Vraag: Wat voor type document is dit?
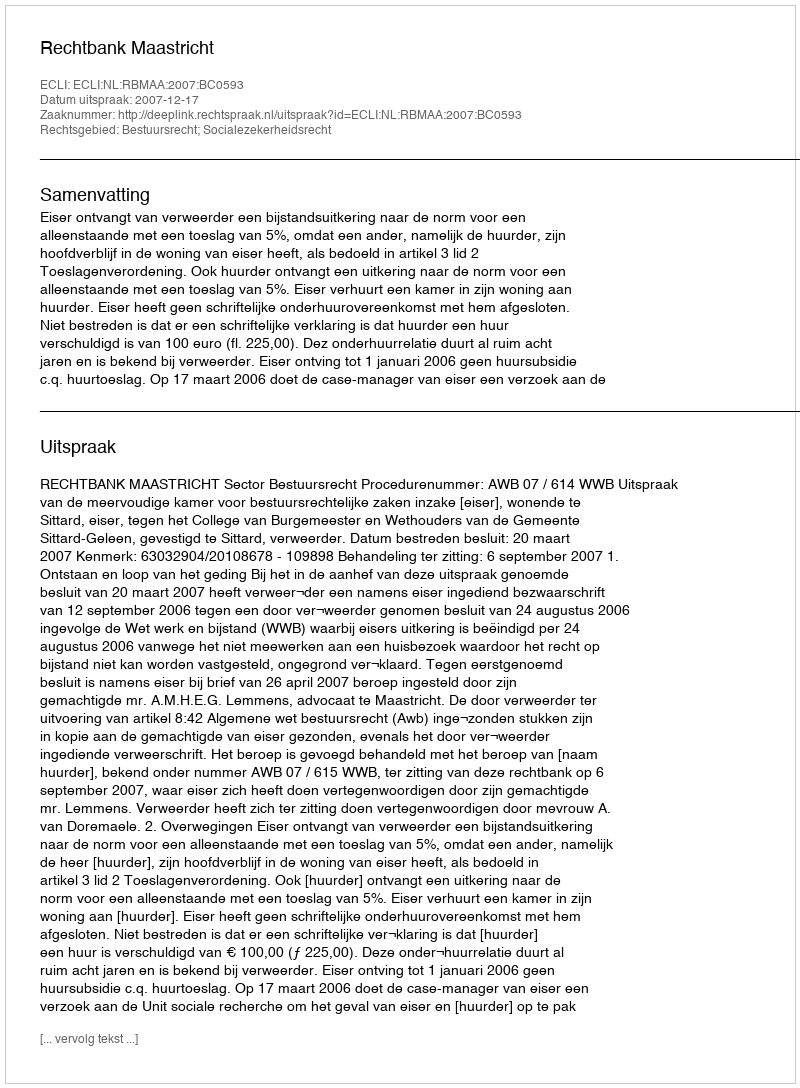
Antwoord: Uitspraak